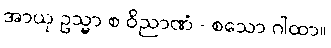
အာယု ဥသ္မာ စ ဝိညာဏံ - စသော ဂါထာ။